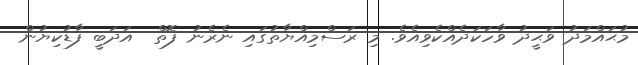
މުޙައްމަދު ވަޙީދު ވާހަކަދެއްކެވިއެވެ. މި ރަސްމިއްޔާތުގައި ނެރެނު ފޮތް  އަދަބީ ފާޑުކިޔުން